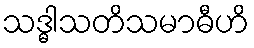
သဒ္ဓါသတိသမာဓီဟိ